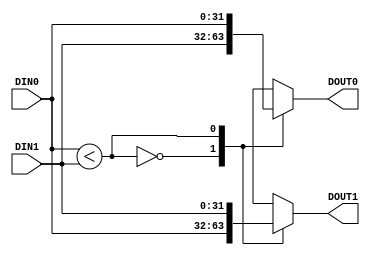
module COMPARATOR #(parameter               WIDTH = 32)
                   (input  wire [WIDTH-1:0] DIN0,
                    input  wire [WIDTH-1:0] DIN1,
                    output wire [WIDTH-1:0] DOUT0,
                    output wire [WIDTH-1:0] DOUT1);
  wire comp_rslt = (DIN0 < DIN1);
  function [WIDTH-1:0] mux;
    input [WIDTH-1:0] a;
    input [WIDTH-1:0] b;
    input             sel;
    begin
      case (sel)
        1'b0: mux = a;
        1'b1: mux = b;
      endcase
    end
  endfunction
  assign DOUT0 = mux(DIN1, DIN0, comp_rslt);
  assign DOUT1 = mux(DIN0, DIN1, comp_rslt);
endmodule